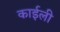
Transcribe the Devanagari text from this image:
काईली